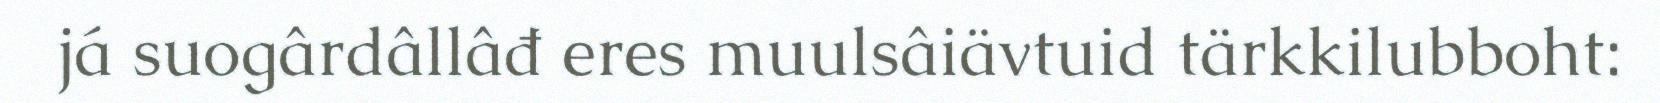
já suogârdâllâđ eres muulsâiävtuid tärkkilubboht: